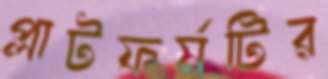
প্লাটফর্মটির